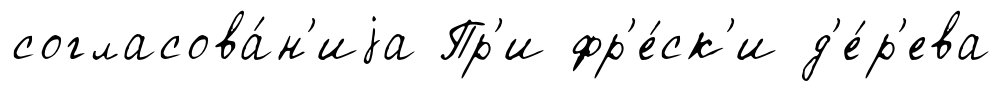
согласова́н'иjа Пр'и фр'е́ск'и д'е́р'ева